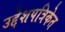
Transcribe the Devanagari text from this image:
उद्देशपत्रिकेत